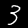
Digit: 3